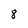
Character: 8